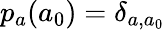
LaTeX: p_{a}(a_{0})=\delta_{a,a_{0}}